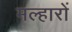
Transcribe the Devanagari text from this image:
मल्हारों